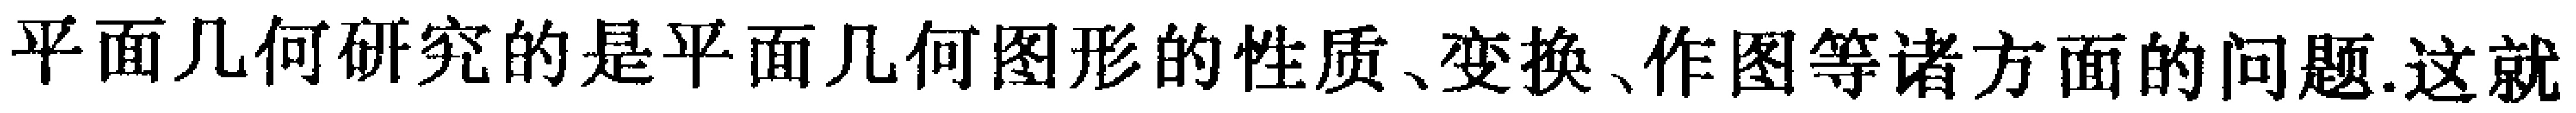
平面几何研究的是平面几何图形的性质、变换、作图等诸方面的问题.这就